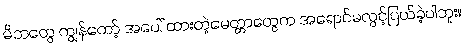
မိဘတွေ ကျွန်တော့် အပေါ် ထားတဲ့မေတ္တာတွေက အရောင်မလွင့်ပြယ်ခဲ့ပါဘူး။